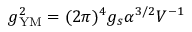
g _ { \mathrm { Y M } } ^ { 2 } = ( 2 \pi ) ^ { 4 } g _ { s } \alpha ^ { 3 / 2 } V ^ { - 1 }